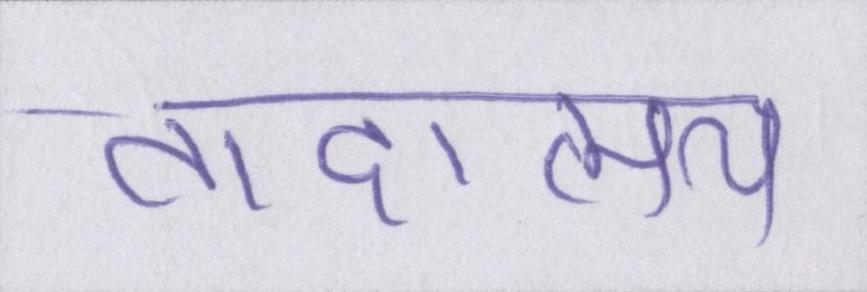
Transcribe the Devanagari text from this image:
तादात्म्य